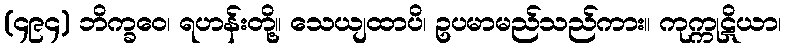
(၄၉၄) ဘိက္ခဝေ၊ ရဟန်းတို့။ သေယျထာပိ၊ ဥပမာမည်သည်ကား။ ကုက္ကုဋိယာ၊